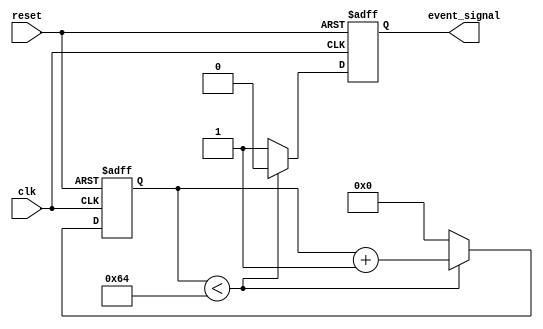
module TimerEventControl #(
    parameter TIME_INTERVAL = 100 // Specify the time interval for the timer (in clock cycles)
) (
    input wire clk,                // Clock signal
    input wire reset,              // Asynchronous reset signal
    output reg event_signal        // Event signal output
);

    reg [31:0] counter;            // Internal counter to track time

    // Always block for timer control
    always @(posedge clk or posedge reset) begin
        if (reset) begin
            counter <= 0;          // Reset the counter
            event_signal <= 1'b0;  // De-assert the event signal
        end else begin
            if (counter < TIME_INTERVAL) begin
                counter <= counter + 1; // Increment the counter
                event_signal <= 1'b0;    // Keep event signal low
            end else begin
                event_signal <= 1'b1;     // Assert the event signal
                counter <= 0;              // Reset the counter for the next event
            end
        end
    end

endmodule